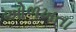
ઓળખતા